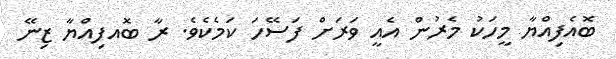
ބޮއެފިއްޔާ މީހަކު މެރުން އެއީ ވަރަށް ފަސޭހަ ކަމެކެވެ. ރާ ބޮއފިއްޔާ ޒިނޭ